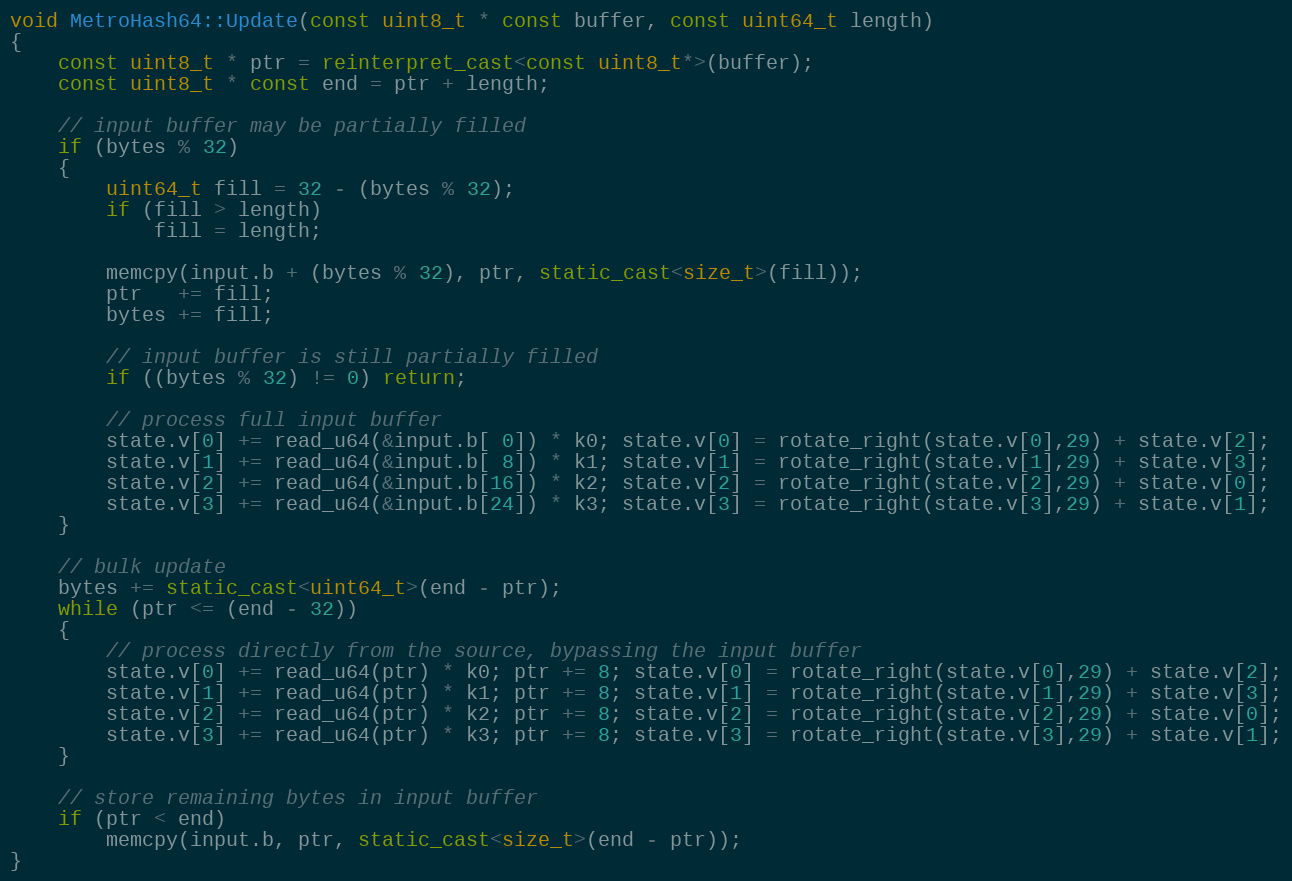
Language: C++
void MetroHash64::Update(const uint8_t * const buffer, const uint64_t length)
{
    const uint8_t * ptr = reinterpret_cast<const uint8_t*>(buffer);
    const uint8_t * const end = ptr + length;

    // input buffer may be partially filled
    if (bytes % 32)
    {
        uint64_t fill = 32 - (bytes % 32);
        if (fill > length)
            fill = length;

        memcpy(input.b + (bytes % 32), ptr, static_cast<size_t>(fill));
        ptr   += fill;
        bytes += fill;

        // input buffer is still partially filled
        if ((bytes % 32) != 0) return;

        // process full input buffer
        state.v[0] += read_u64(&input.b[ 0]) * k0; state.v[0] = rotate_right(state.v[0],29) + state.v[2];
        state.v[1] += read_u64(&input.b[ 8]) * k1; state.v[1] = rotate_right(state.v[1],29) + state.v[3];
        state.v[2] += read_u64(&input.b[16]) * k2; state.v[2] = rotate_right(state.v[2],29) + state.v[0];
        state.v[3] += read_u64(&input.b[24]) * k3; state.v[3] = rotate_right(state.v[3],29) + state.v[1];
    }

    // bulk update
    bytes += static_cast<uint64_t>(end - ptr);
    while (ptr <= (end - 32))
    {
        // process directly from the source, bypassing the input buffer
        state.v[0] += read_u64(ptr) * k0; ptr += 8; state.v[0] = rotate_right(state.v[0],29) + state.v[2];
        state.v[1] += read_u64(ptr) * k1; ptr += 8; state.v[1] = rotate_right(state.v[1],29) + state.v[3];
        state.v[2] += read_u64(ptr) * k2; ptr += 8; state.v[2] = rotate_right(state.v[2],29) + state.v[0];
        state.v[3] += read_u64(ptr) * k3; ptr += 8; state.v[3] = rotate_right(state.v[3],29) + state.v[1];
    }

    // store remaining bytes in input buffer
    if (ptr < end)
        memcpy(input.b, ptr, static_cast<size_t>(end - ptr));
}